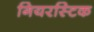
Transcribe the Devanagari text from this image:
गियरस्टिक